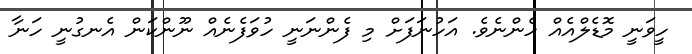
ހީވަނީ މޮޑެލްއެއް ހެންނެވެ. އަހުނަފަށް މި ފެންނަނީ ހުވަފެނެއް ނޫންކަން އެނގުނީ ހަނާ